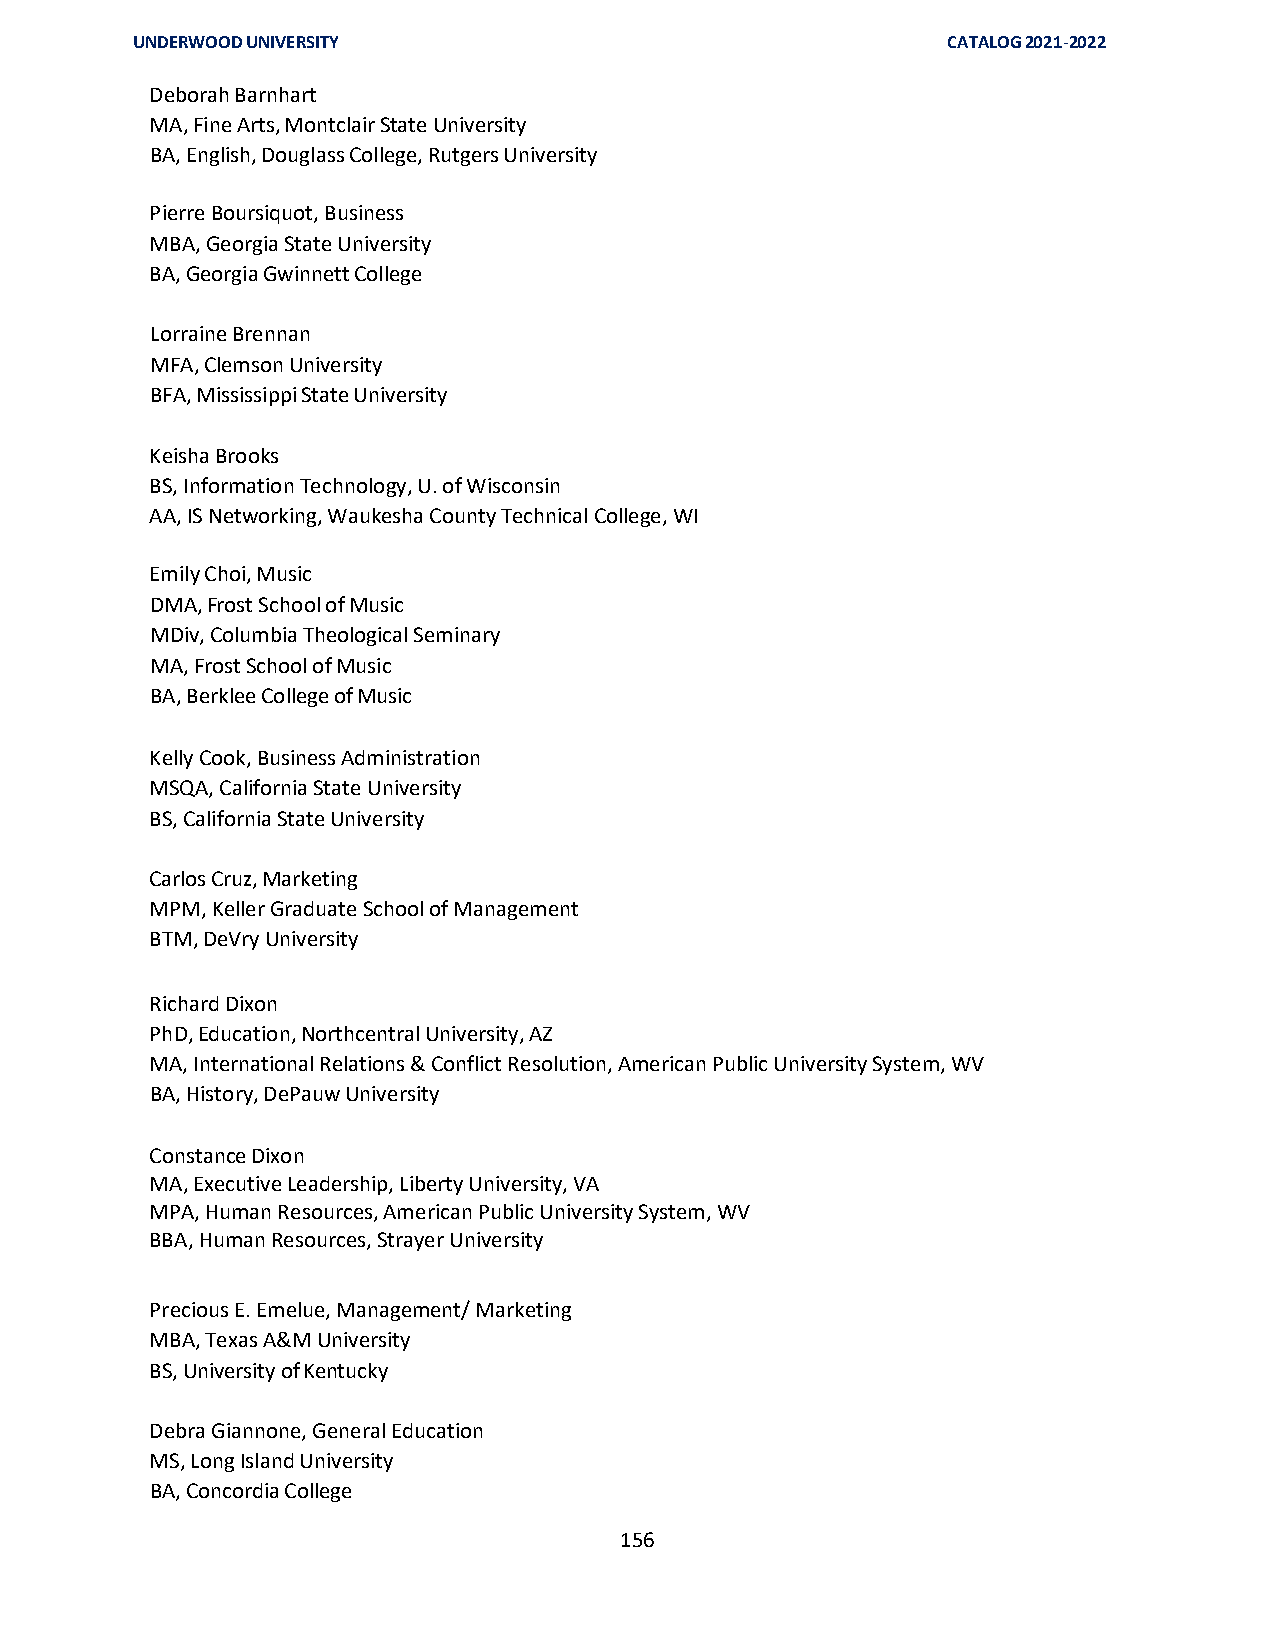
UNDERWOOD UNIVERSITY                                  CATALOG 2021-2022
 Deborah Barnhart
 MA, Fine Arts, Montclair State University
 BA, English, Douglass College, Rutgers University
 Pierre Boursiquot, Business
 MBA, Georgia State University
 BA, Georgia Gwinnett College
 Lorraine Brennan
 MFA, Clemson University
 BFA, Mississippi State University
 Keisha Brooks
 BS, Information Technology, U. of Wisconsin
 AA, IS Networking, Waukesha County Technical College, WI
 Emily Choi, Music
 DMA, Frost School of Music
 MDiv, Columbia Theological Seminary
 MA, Frost School of Music
 BA, Berklee College of Music
 Kelly Cook, Business Administration
 MSQA, California State University
 BS, California State University
 Carlos Cruz, Marketing
 MPM, Keller Graduate School of Management
 BTM, DeVry University
 Richard Dixon
 PhD, Education, Northcentral University, AZ
 MA, International Relations & Conflict Resolution, American Public University System, WV
 BA, History, DePauw University
 Constance Dixon
 MA, Executive Leadership, Liberty University, VA
 MPA, Human Resources, American Public University System, WV
 BBA, Human Resources, Strayer University
 Precious E. Emelue, Management/ Marketing
 MBA, Texas A&M University
 BS, University of Kentucky
 Debra Giannone, General Education
 MS, Long Island University
 BA, Concordia College
 156